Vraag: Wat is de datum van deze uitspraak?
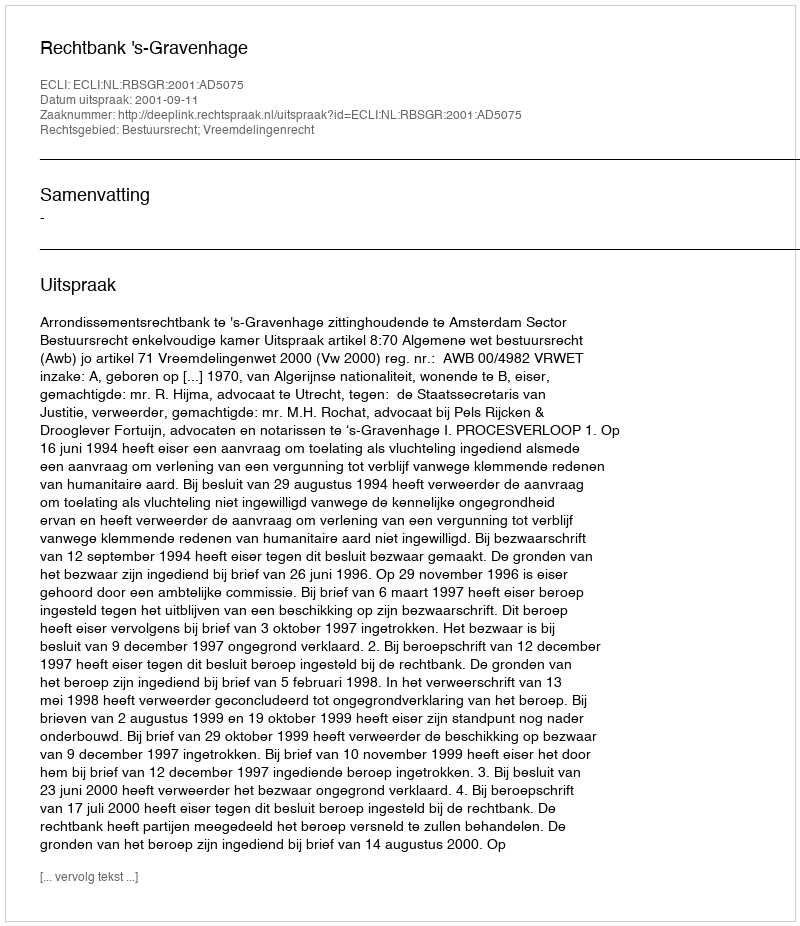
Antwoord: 2001-09-11